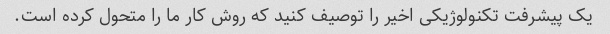
یک پیشرفت تکنولوژیکی اخیر را توصیف کنید که روش کار ما را متحول کرده است.